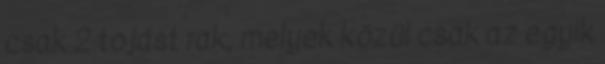
csak 2 tojást rak, melyek közül csak az egyik